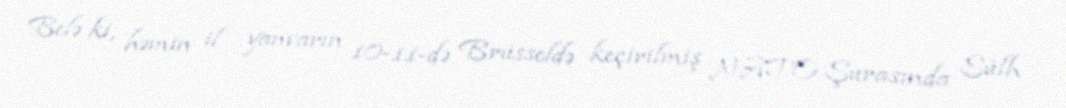
Belə ki, həmin il yanvarın 10-11-də Brüsseldə keçirilmiş NATO Şurasında Sülh